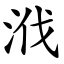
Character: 浌